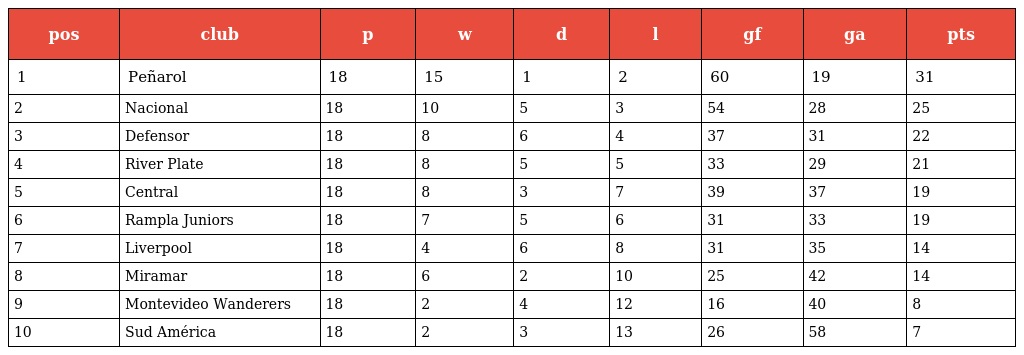
| pos | club | p | w | d | l | gf | ga | pts |
 | --- | --- | --- | --- | --- | --- | --- | --- | --- |
 | 1 | Peñarol | 18 | 15 | 1 | 2 | 60 | 19 | 31 |
 | 2 | Nacional | 18 | 10 | 5 | 3 | 54 | 28 | 25 |
 | 3 | Defensor | 18 | 8 | 6 | 4 | 37 | 31 | 22 |
 | 4 | River Plate | 18 | 8 | 5 | 5 | 33 | 29 | 21 |
 | 5 | Central | 18 | 8 | 3 | 7 | 39 | 37 | 19 |
 | 6 | Rampla Juniors | 18 | 7 | 5 | 6 | 31 | 33 | 19 |
 | 7 | Liverpool | 18 | 4 | 6 | 8 | 31 | 35 | 14 |
 | 8 | Miramar | 18 | 6 | 2 | 10 | 25 | 42 | 14 |
 | 9 | Montevideo Wanderers | 18 | 2 | 4 | 12 | 16 | 40 | 8 |
 | 10 | Sud América | 18 | 2 | 3 | 13 | 26 | 58 | 7 |